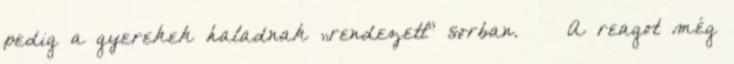
pedig a gyerekek haladnak „rendezett” sorban. A reagot még